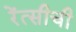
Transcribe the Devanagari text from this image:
रेंत्सीची